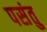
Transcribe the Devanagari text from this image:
पसंतु